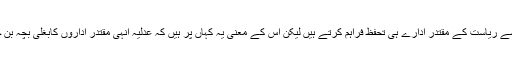
یہ سچ ہے کہ عدلیہ نہتی ہوتی ہے اور اسے ریاست کے مقتدر ادارے ہی تحفظ فراہم کرتے ہیں لیکن اس کے معنی یہ کہاں پر ہیں کہ عدلیہ انہی مقتدر اداروں کابغلی بچہ بن جائے اور عدل و انصاف کا خون کر دے۔